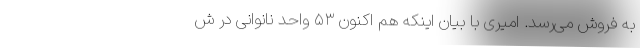
به فروش می‌رسد. امیری با بیان اینکه هم اکنون ۵۳ واحد نانوانی در ش